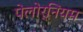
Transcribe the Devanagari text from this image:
पेलोर्नियम